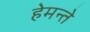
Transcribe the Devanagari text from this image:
हेमन्ते